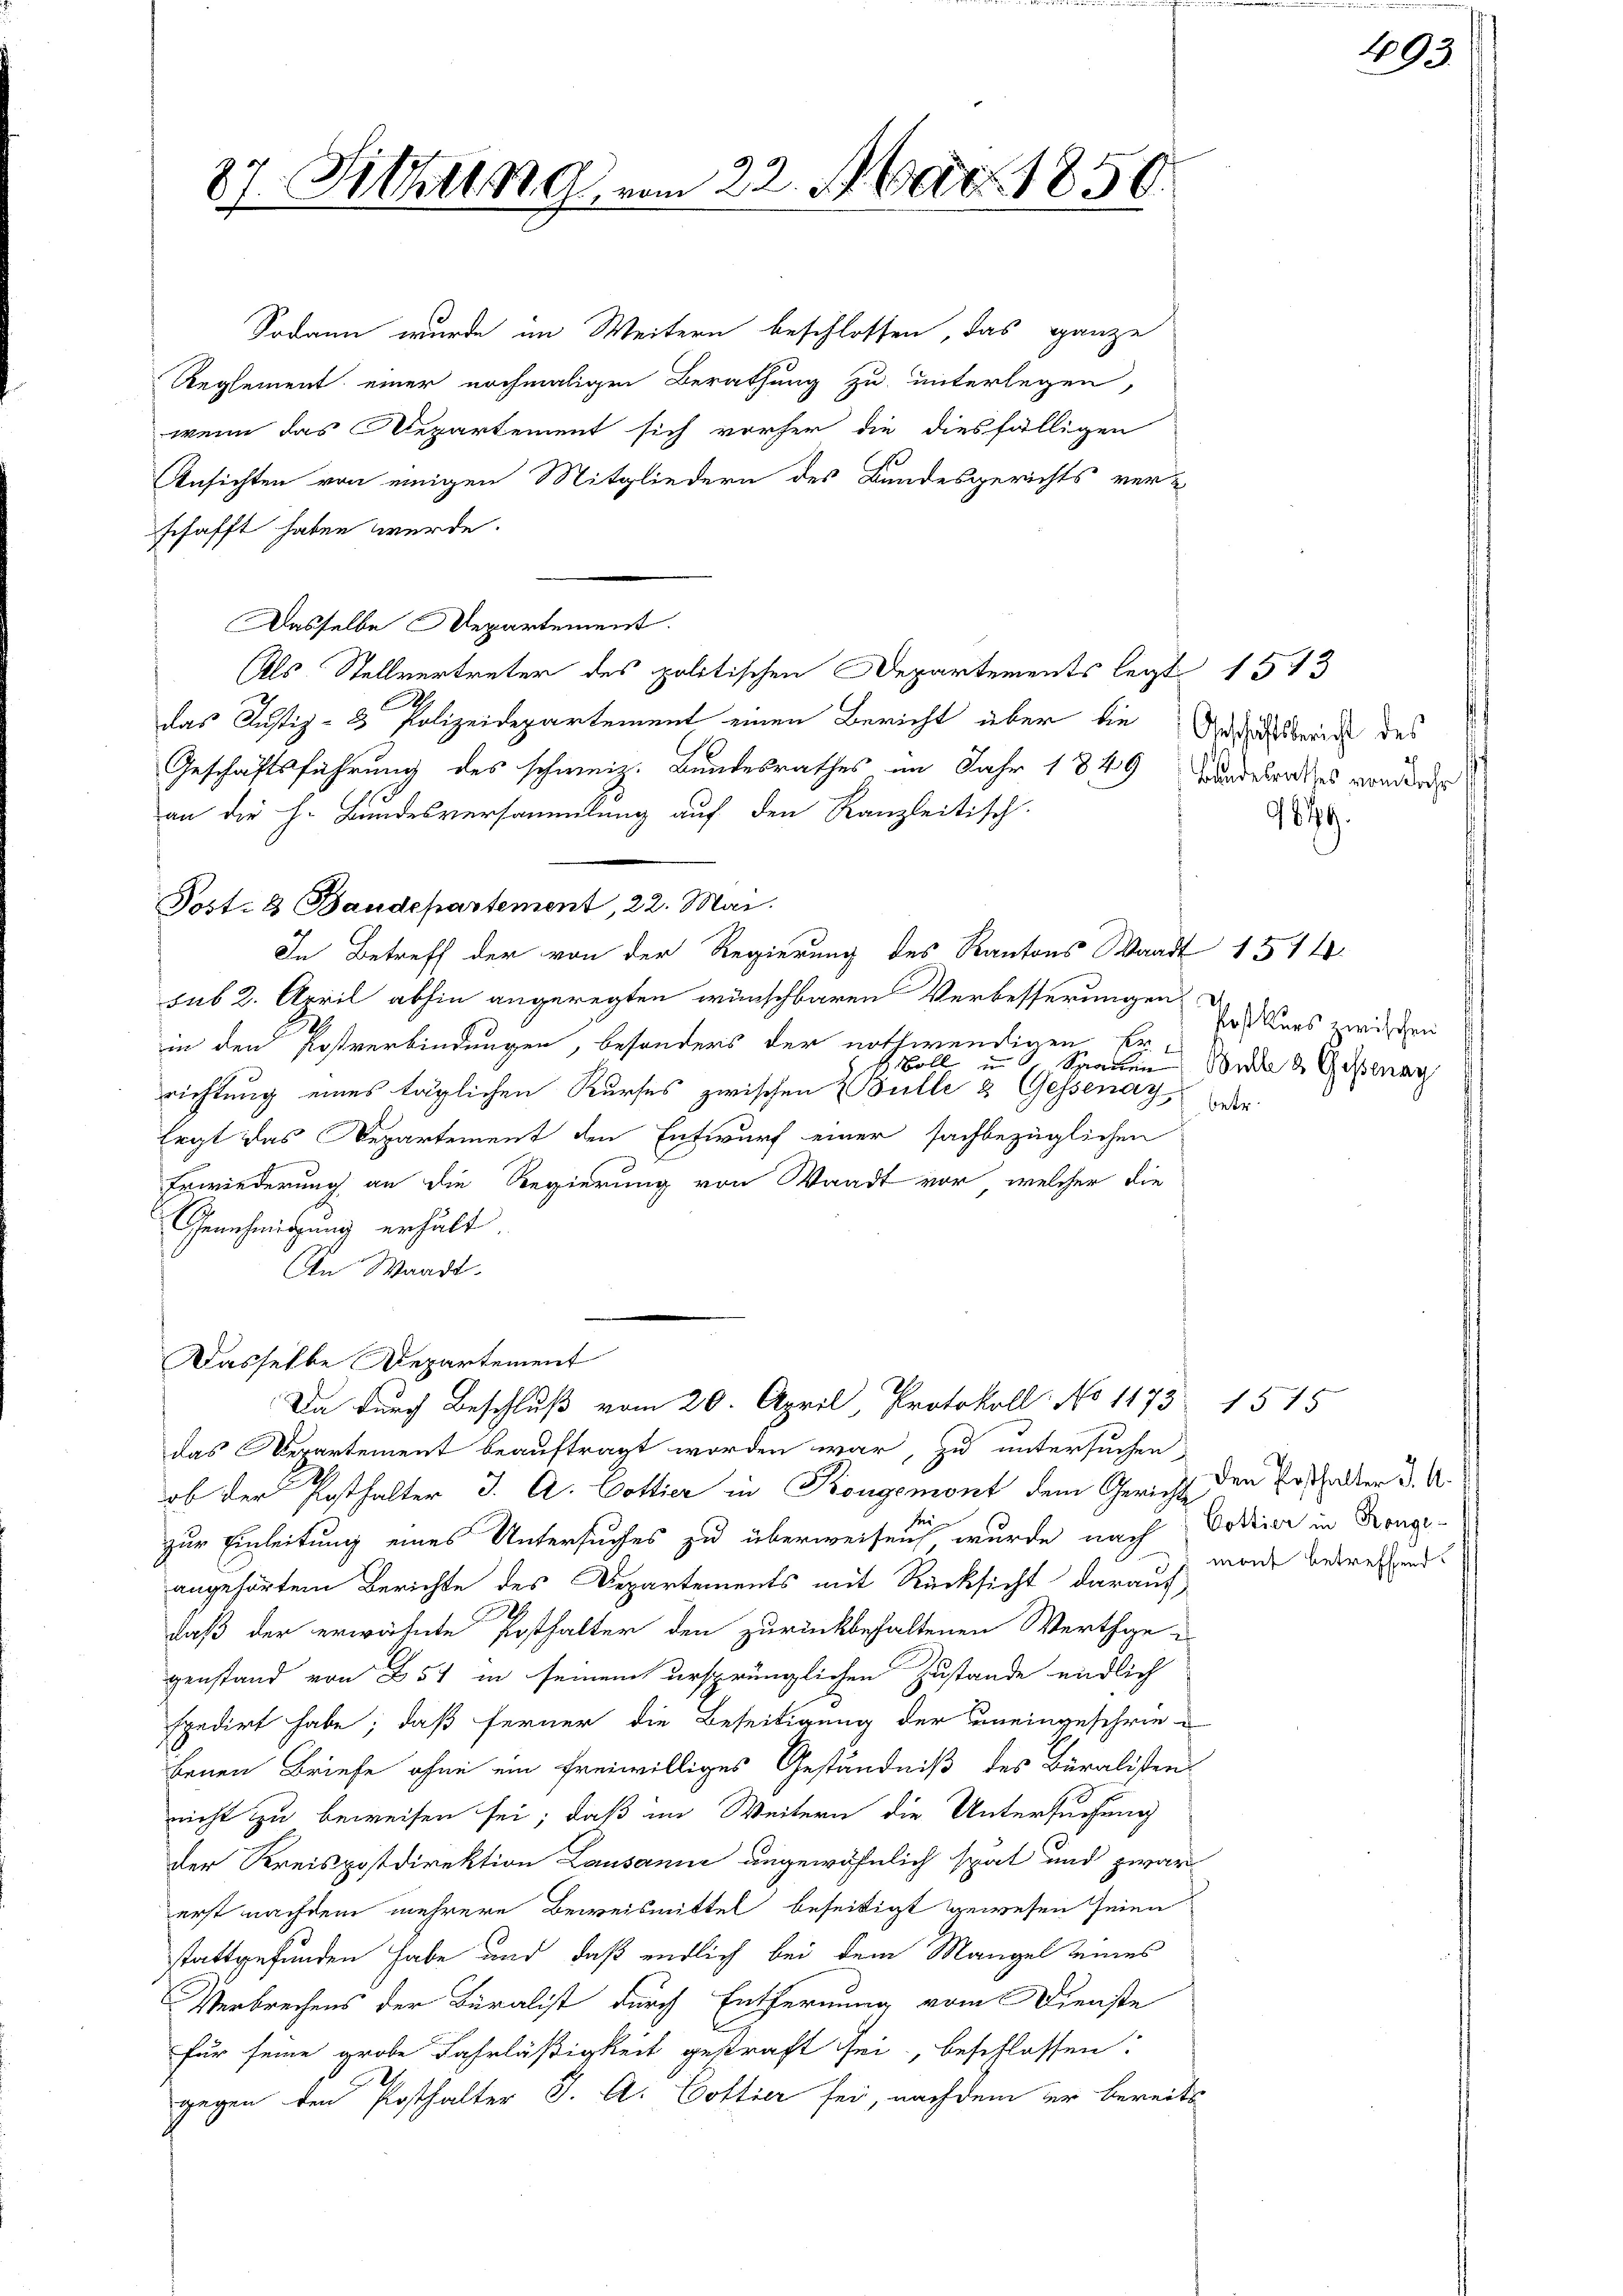
87. Sicher 189 vom 22. d. Mart. 1859.

Sodann wurde im Weitern beschlossen, das ganze
Reglement einer nochmaligen Berathung zu unterlegen,
wenn das Departement sich vorher die diesfälligen
Ansichten von einigen Mitgliedern des Bundesgerichts ver-
schafft haben würde.
Dasselbe Departement.
Als Stellvertreter des politischen Departements legt 1543
das Justiz- & Polizeidepartement einen Bericht über die Gedankesbruck des
Geschäftsführung des schweiz. Bundesrathes im Jahr 1849 wurdelen des vordende
an die h. Bundesversammlung auf den Kanzleitisch-
Post. 8 Baudepartement, 22. Mai.
In Betreff der von der Regierung des Kantons Waadt 1544
sub 2. April abhin angeregten wünschbaren Verbesserungen
2
in den Postverbindungen, besonders der nothwendigen Er-
richtung eines täglichen Kurses zwischen Bulle & Gessenay,
Ergt das Departement den Entwurf einer sachbezüglichen
Erwiederung an die Regierung von Waadt vor, welcher die
Genehmigung erhält
An Waadt.
Dasselbe Departement
Da durch Beschluß vom 20. April, Protokoll No 1173. 1515
das Departement beauftragt worden war, zu untersuchen
ob der Posthalter J. A. Dottier in Kongemont dem Gericht den Posthalter d. A.
zur Einleitung eines Untersuches zu überweisen, wurde nach Votier in Kronge-
angehörtem Berichte des Departements mit Rücksicht daraus,
d
daß der erwähnte Ersthalter den zurückbehaltenen Werthgee
genstand von 254 in seinem ursprünglichen Zustande endlich
spedirt habe; daß ferner die Beseitigung der uneingeschriebenen Briefe ohne ein freiwilliges Geständniß des Buralisten
nnicht zu beweisen sei; daß im Weitern die Untersuchung
der Kreispostdirektion Lausanne angewöhnlich spät und zwar
erst nachdem mehrere Beweismittel beseitigt gewesen seien
stattgefunden habe und daß endlich bei dem Mangel eines
Verbrechens der Buralist durch Entfernung vom Dienste
für seine grobe Fahrläßigkeit gestraft sei, beschlossen:
gegen den Posthalter J. A. Cottier sei, nachdem er bereits

619.

Postkurs zwischen
 Boll in Spanen Bude & Gessenay
betr.

493.

mant betreffend.